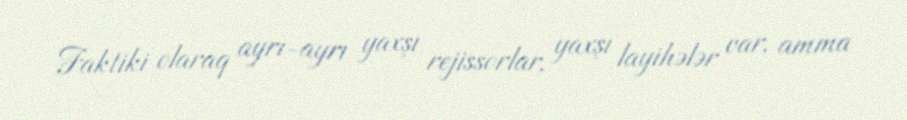
Faktiki olaraq ayrı-ayrı yaxşı rejissorlar, yaxşı layihələr var, amma